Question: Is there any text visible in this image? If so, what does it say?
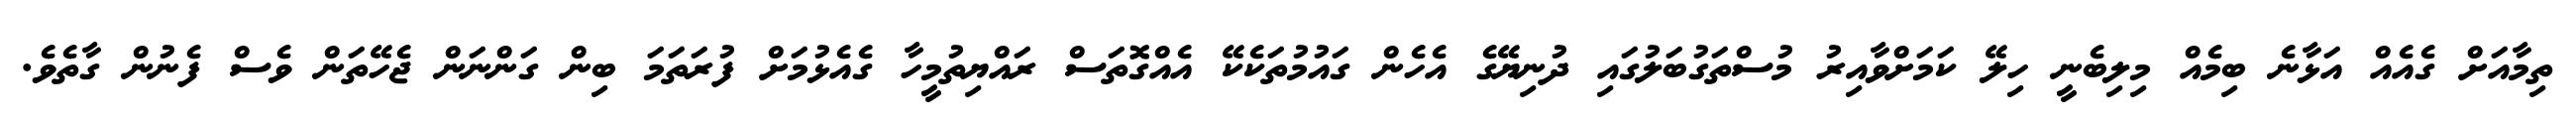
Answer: ތިމާއަށް ގެއެއް އަޅާނެ ބިމެއް މިލިބެނީ ހިލޭ ކަމަށްވާއިރު މުސްތަގުބަލުގައި ދުނިޔޭގެ އެހެން ގައުމުތަކެކޭ އެއްގޮތަސް ރައްޔިތުމީހާ ގެއެޅުމަށް ފުރަތަމަ ބިން ގަންނަން ޖެހޭތަން ވެސް ފެނުން ގާތެވެ.